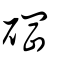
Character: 碙